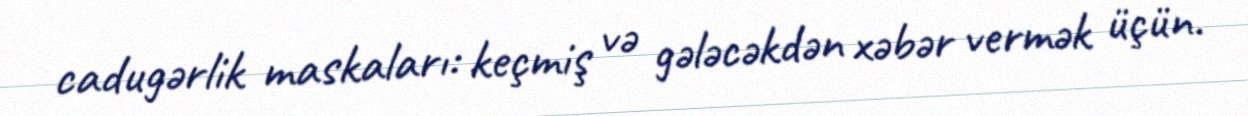
cadugərlik maskaları: keçmiş və gələcəkdən xəbər vermək üçün.